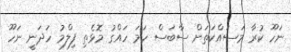
ނަހޫ ކުރާ މަސައްކަތަށް ސާބަސް ހަމަ ހައްގު މޮޅެތި ފިލްމު ހަދަނީ ނަހޫ